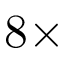
8 \times